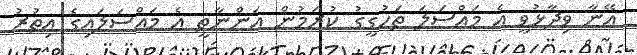
އޭނާ ވިދާޅުވީ އެ މައްސަލަ ތަހުގީގު ކުރަމުން އަންނާތީ އެ މައްސަލައިގެ އިތުރު